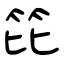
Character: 笓